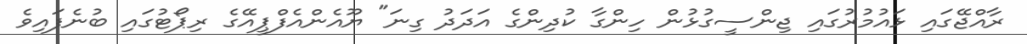
ރާއްޖޭގައި ޅައުމުރުގައި ޖިންސީގުޅުން ހިންގާ ކުދިންގެ އަދަދު ގިނަ" ޔޫއެންއެފްޕީއޭގެ ރިޕޯޓުގައި ބުނެފައިވެ